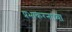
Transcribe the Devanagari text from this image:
प्रभाकरनाच्या